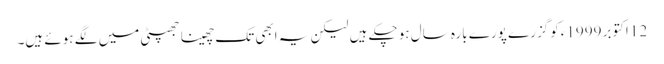
12 اکتوبر 1999ءکو گزرے پورے بارہ سال ہو چکے ہیں لیکن یہ ابھی تک چھینا جھپٹی میں لگے ہوئے ہیں۔